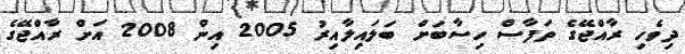
ދިވެހި ރާއްޖޭގެ ތަފާސް ހިސާބަށް ބަލައިލާއިރު 2005 އިން 2008 އަށް ރާއްޖޭގެ